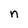
Character: n